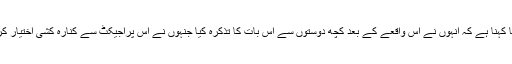
شروتی مراٹھے کا کہنا ہے کہ انہوں نے اس واقعے کے بعد کچھ دوستوں سے اس بات کا تذکرہ کیا جنہوں نے اس پراجیکٹ سے کنارہ کشی اختیار کرنے کا مشورہ دیا۔